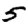
Digit: 5